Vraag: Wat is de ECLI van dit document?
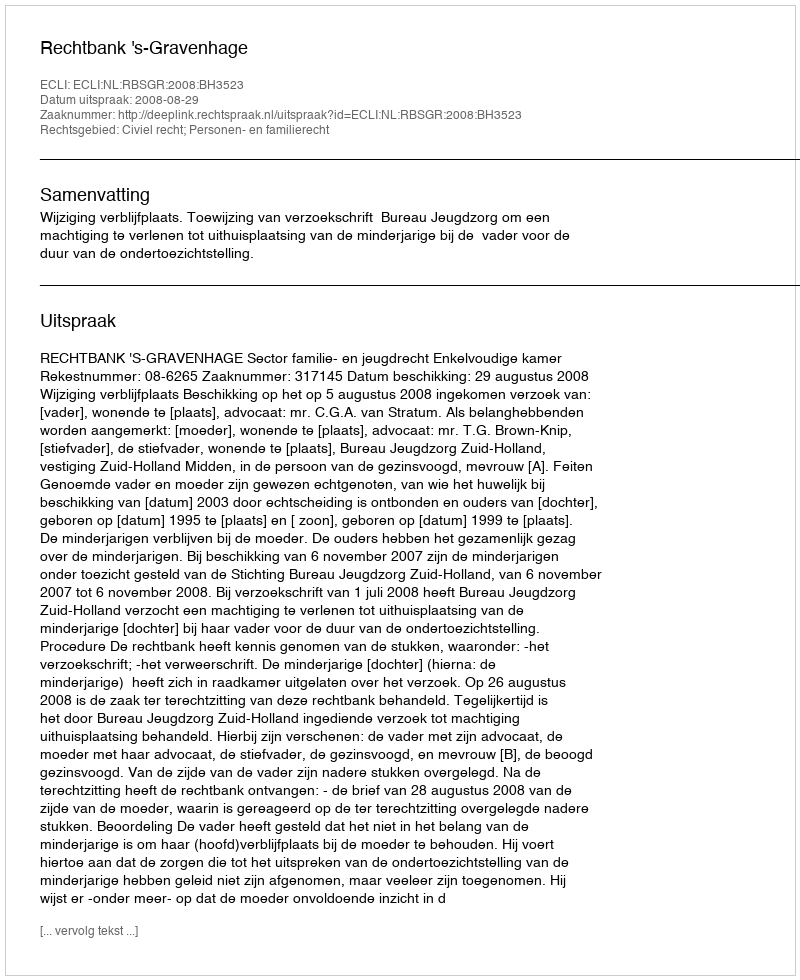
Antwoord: ECLI:NL:RBSGR:2008:BH3523